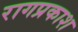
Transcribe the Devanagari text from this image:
रागप्रकाश